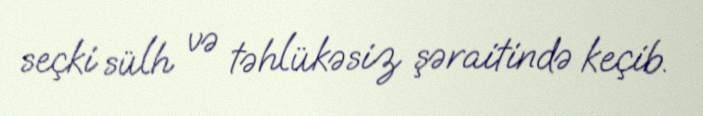
seçki sülh və təhlükəsiz şəraitində keçib.